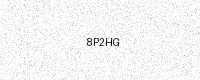
Text: 8P2HG